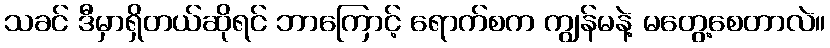
သခင် ဒီမှာရှိတယ်ဆိုရင် ဘာကြောင့် ရောက်စက ကျွန်မနဲ့ မတွေ့စေတာလဲ။